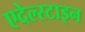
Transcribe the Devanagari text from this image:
एदेल्स्टाइन